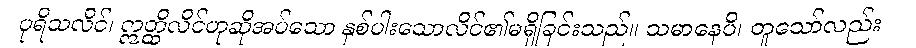
ပုရိသလိင်၊ ဣတ္ထိလိင်ဟုဆိုအပ်သော နှစ်ပါးသောလိင်၏မရှိခြင်းသည်။ သမာနေပိ၊ တူသော်လည်း